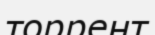
торрент